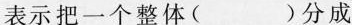
表示把一个整体( )分成